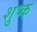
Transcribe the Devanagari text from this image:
शुप्क